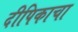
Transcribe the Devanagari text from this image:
दीपिकाचा